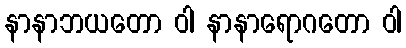
နာနာဘယတော ဝါ နာနာရောဂတော ဝါ